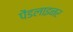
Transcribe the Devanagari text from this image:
पेंडलाइनर